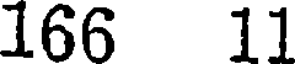
166 11